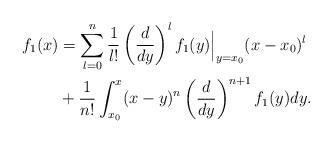
LaTeX: \begin{align*}f_1(x)&=\sum_{l=0}^n\frac{1}{l!}\left(\frac{d}{d y}\right)^lf_1(y)\Big|_{y=x_0}(x-x_0)^l\\&+\frac{1}{n!}\int_{x_0}^x(x-y)^n\left(\frac{d}{d y}\right)^{n+1}f_1(y)dy.\end{align*}